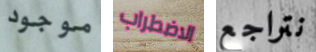
موجود الاضطراب نتراجع